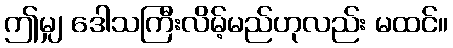
ဤမျှ ဒေါသကြီးလိမ့်မည်ဟုလည်း မထင်။